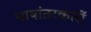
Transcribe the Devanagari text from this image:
भाषांतरकारों